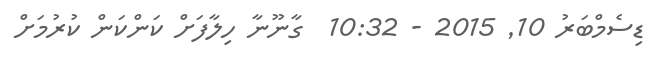
ޑިސެމްބަރު 10